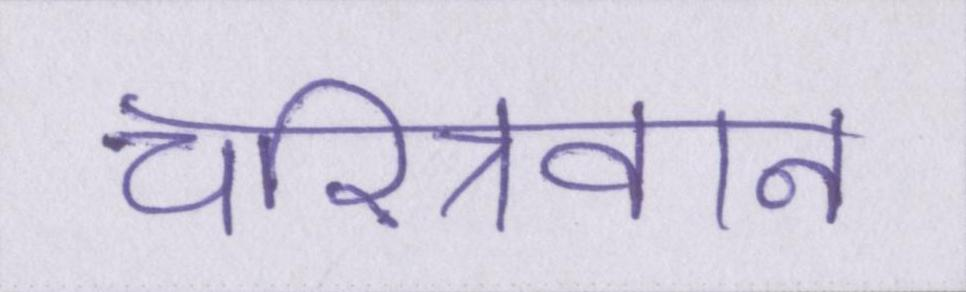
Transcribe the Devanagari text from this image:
चरित्रवान